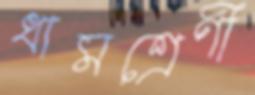
ধামশ্রেণী